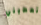
وتعطيني